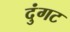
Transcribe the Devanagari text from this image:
दुंगट